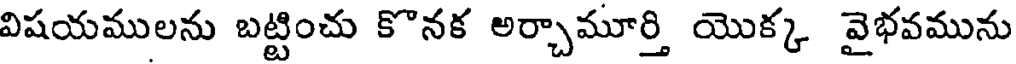
విషయములను బట్టించు కొనక అర్చామూర్తి యొక్క వైభవమును